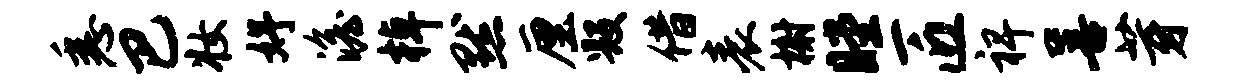
悉巴妆妤澹棹默厘毁借表榭瞠匠裨善芽